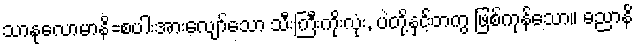
သာနုလောမာနိ=စပါးအားလျော်သော သီးကြီးကိုးလုံး, ပဲတို့နှင့်တကွ ဖြစ်ကုန်သော။ ဓညာနိ